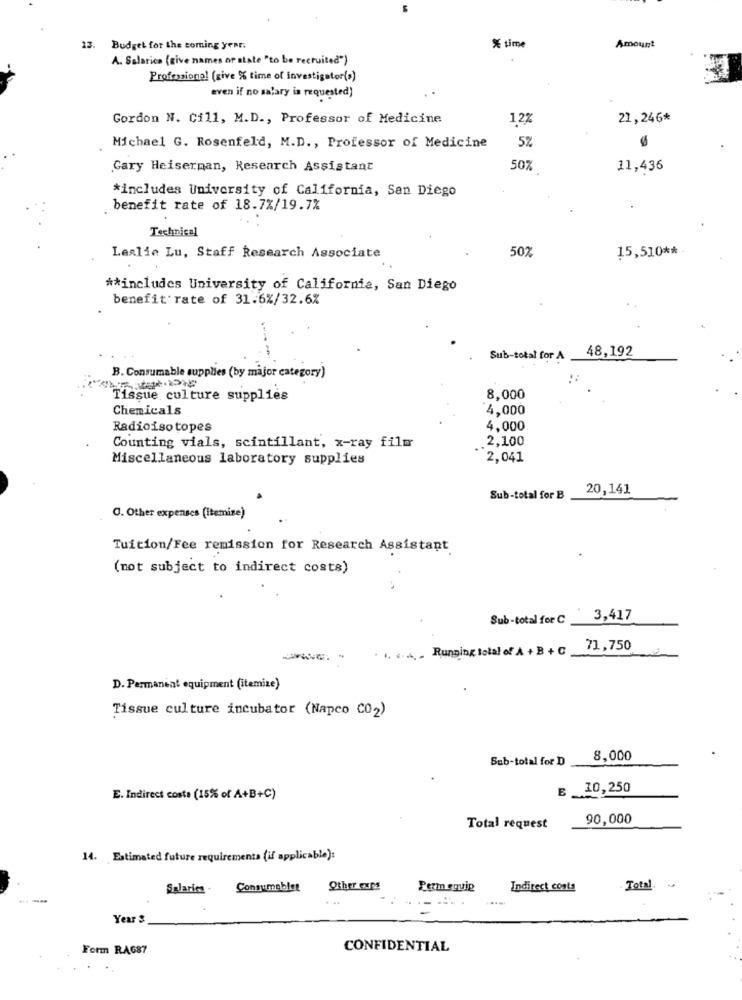
13.
Budget for the coming year.
% time
Amount
A. Salarica (give names or state "to be recruited")
Professional (give % time of investigator(s)
even if no salary is requested)
Gordon N. Cill, M.D ., Professor of Medicine
12%
21, 246*
Michael G. Rosenfeld, M.D ., Professor of Medicine
Gary Heiserman, Research Assistant
50%
11,436
*includes University of California, San Diego
benefit rate of 18.7%/19.7%
Technical
50%
15,510 ** .
Leslie Lu, Staff Research Associate
** includes University of California, San Diego
benefit rate of 31.6%/32.6%
48,192
Sub-total for A
B. Consumable supplies (by major category)
Tissue culture supplies
8,000
Chemicals
4,000
Radioisotopes
4,000
2,100
Counting vials, scintillant, x-ray film
..
Miscellaneous laboratory supplies
2,041
20,141
Sub-total for B
O. Other expenses (Itemize)
Tuition/Fee remission for Research Assistant
(not subject to indirect costs)
Sub-total for C
3,417
Running total of A + B + C
71,750
--
D. Permanent equipment (itemize)
Tissue culture incubator (Napco C02)
Sub-total for D
8,000
£ 10,250
E. Indirect coste (15% of A+B+C)
-
90,000
Total request
14. Estimated future requirements (if applicable):
Salaries .
Consumablet
Other oups
Permisquip
Indirect costa
Total
---
Year 3
Form RAG87
CONFIDENTIAL